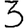
Digit: 3